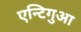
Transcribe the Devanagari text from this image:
एन्टिगुआ